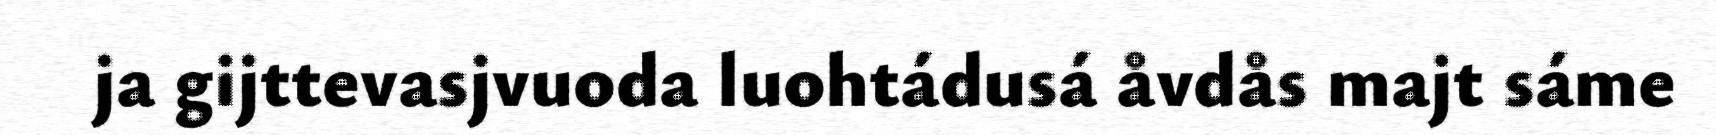
ja gijttevasjvuoda luohtádusá åvdås majt sáme